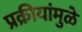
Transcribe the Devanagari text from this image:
प्रक्रीयांमुळे